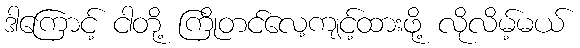
ဒါကြောင့် ငါတို့ ကြိုတင်လေ့ကျင့်ထားဖို့ လိုလိမ့်မယ်